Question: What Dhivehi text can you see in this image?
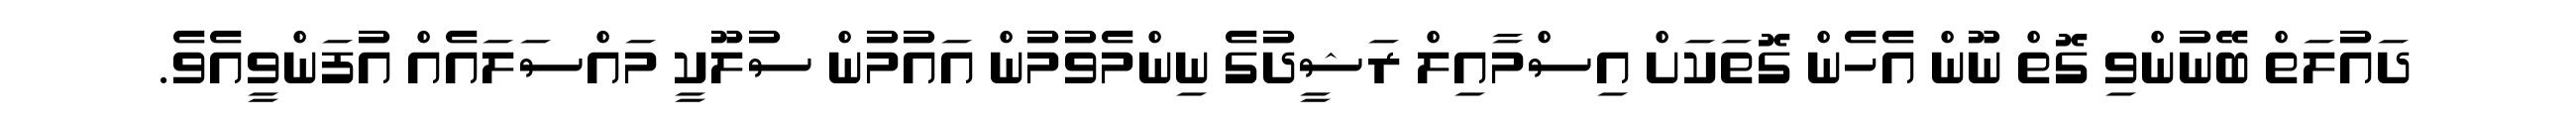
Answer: ދައުލަތް ބޭނުންވި ގޮތް ނޫން އެހެން ގޮތަކަށް އިސްމާއިލް ރަޝީދުގެ ނިންމެވުމުން އައުމުން ސުލޫކީ މައްސަލައެއް އުފަންވީއެވެ.